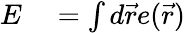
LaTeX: \begin{array}{rl}{E}&{{}=\int d\vec{r}e(\vec{r})}\end{array}